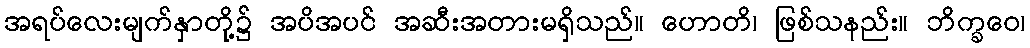
အရပ်လေးမျက်နှာတို့၌ အပိအပင် အဆီးအတားမရှိသည်။ ဟောတိ၊ ဖြစ်သနည်း။ ဘိက္ခဝေ၊